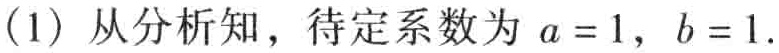
(1) 从分析知，待定系数为 \(a = 1\)，\(b = 1\).